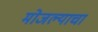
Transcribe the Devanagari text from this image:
मोजल्याचा